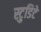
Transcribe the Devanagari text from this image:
स्टुडिटे